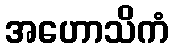
အဟောသိကံ